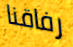
رفاقنا